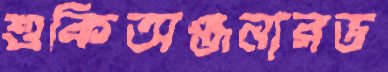
শুকিঅঞ্জনারভ